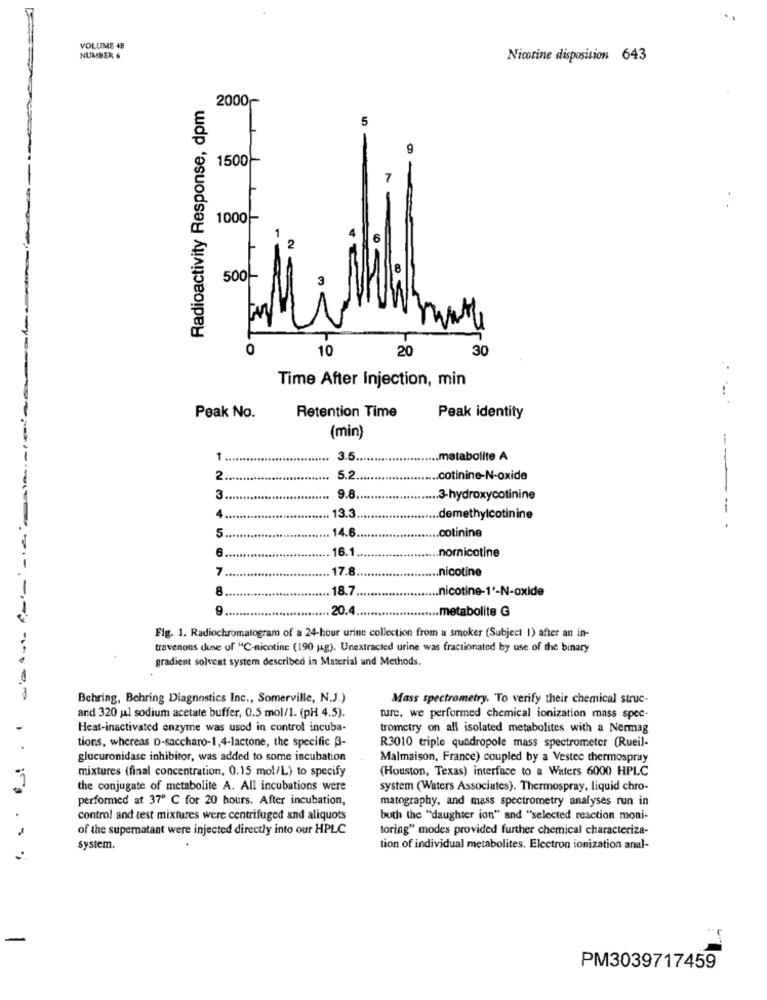
VOLUME 48
NUMBER &
Nicotine disposition 643
Radioactivity Response, dpm
2000~
5
9
1500~
1000
2
500
3
0
10
20
30
Time After Injection, min
Retention Time
Peak No.
Peak identity
(min)
1 ...
3.5 ..
..... matabolite A
2
5.2 ..
.. cotinine-N-oxide
3 ..
9.8.
.. 3-hydroxycotinine
4.
13.3
.. demethylcotinine
5.
..
14.6
----- -
.. cotinine
6.
..
16.1.
.. nornicotine
7.
17.8
.. nicotine
-
8
18.7.
.nicotine-1'-N-oxide
.. 20.4 ..
.metabolite G
Fig. 1. Radiochromatogram of a 24-hour urine collection from a smoker (Subject 1) after an in-
travenous duse of "C-nicotine (190 jag). Unextracted urine was fractionated by use of the binary
gradient solvent system described in Material and Methods.
Behring, Behring Diagnostics Inc ., Somerville, N.J.)
Mass spectrometry. To verify their chemical struc-
and 320 ul sodium acetate buffer, 0.5 mol/l. (pH 4.5).
ture, we performed chemical ionization mass spec-
Heat-inactivated enzyme was used in control incuba-
trometry on all isolated metabolites with a Nermag
.
tions, whereas D-saccharo-1,4-lactone, the specific ß-
R3010 triple quadropole mass spectrometer (Rueil-
glucuronidase inhibitor, was added to some incubation
Malmaison, France) coupled by a Vestec thermospray
mixtures (final concentration, 0.15 mol/L) to specify
(Houston, Texas) interface to a Waters 6000 HPLC
the conjugate of metabolite A. All incubations were
system (Waters Associates). Thermospray, liquid chro-
performed at 37º C for 20 hours. After incubation,
matography, and mass spectrometry analyses run in
control and test mixtures were centrifuged and aliquots
both the "daughter ion" and "selected reaction moni-
of the supernatant were injected directly into our HPLC
toring" modes provided further chemical characteriza-
system.
tion of individual metabolites. Electron ionization anal-
PM3039717459